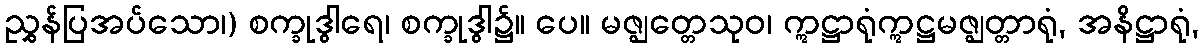
ညွှန်ပြအပ်သော၊) စက္ခုဒွါရေ၊ စက္ခုဒွါ၌။ ပေ။ မဇ္ဈတ္တေသုဝ၊ ဣဋ္ဌာရုံဣဋ္ဌမဇ္ဈတ္တာရုံ, အနိဋ္ဌာရုံ,